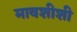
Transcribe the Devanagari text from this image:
मावशीशी